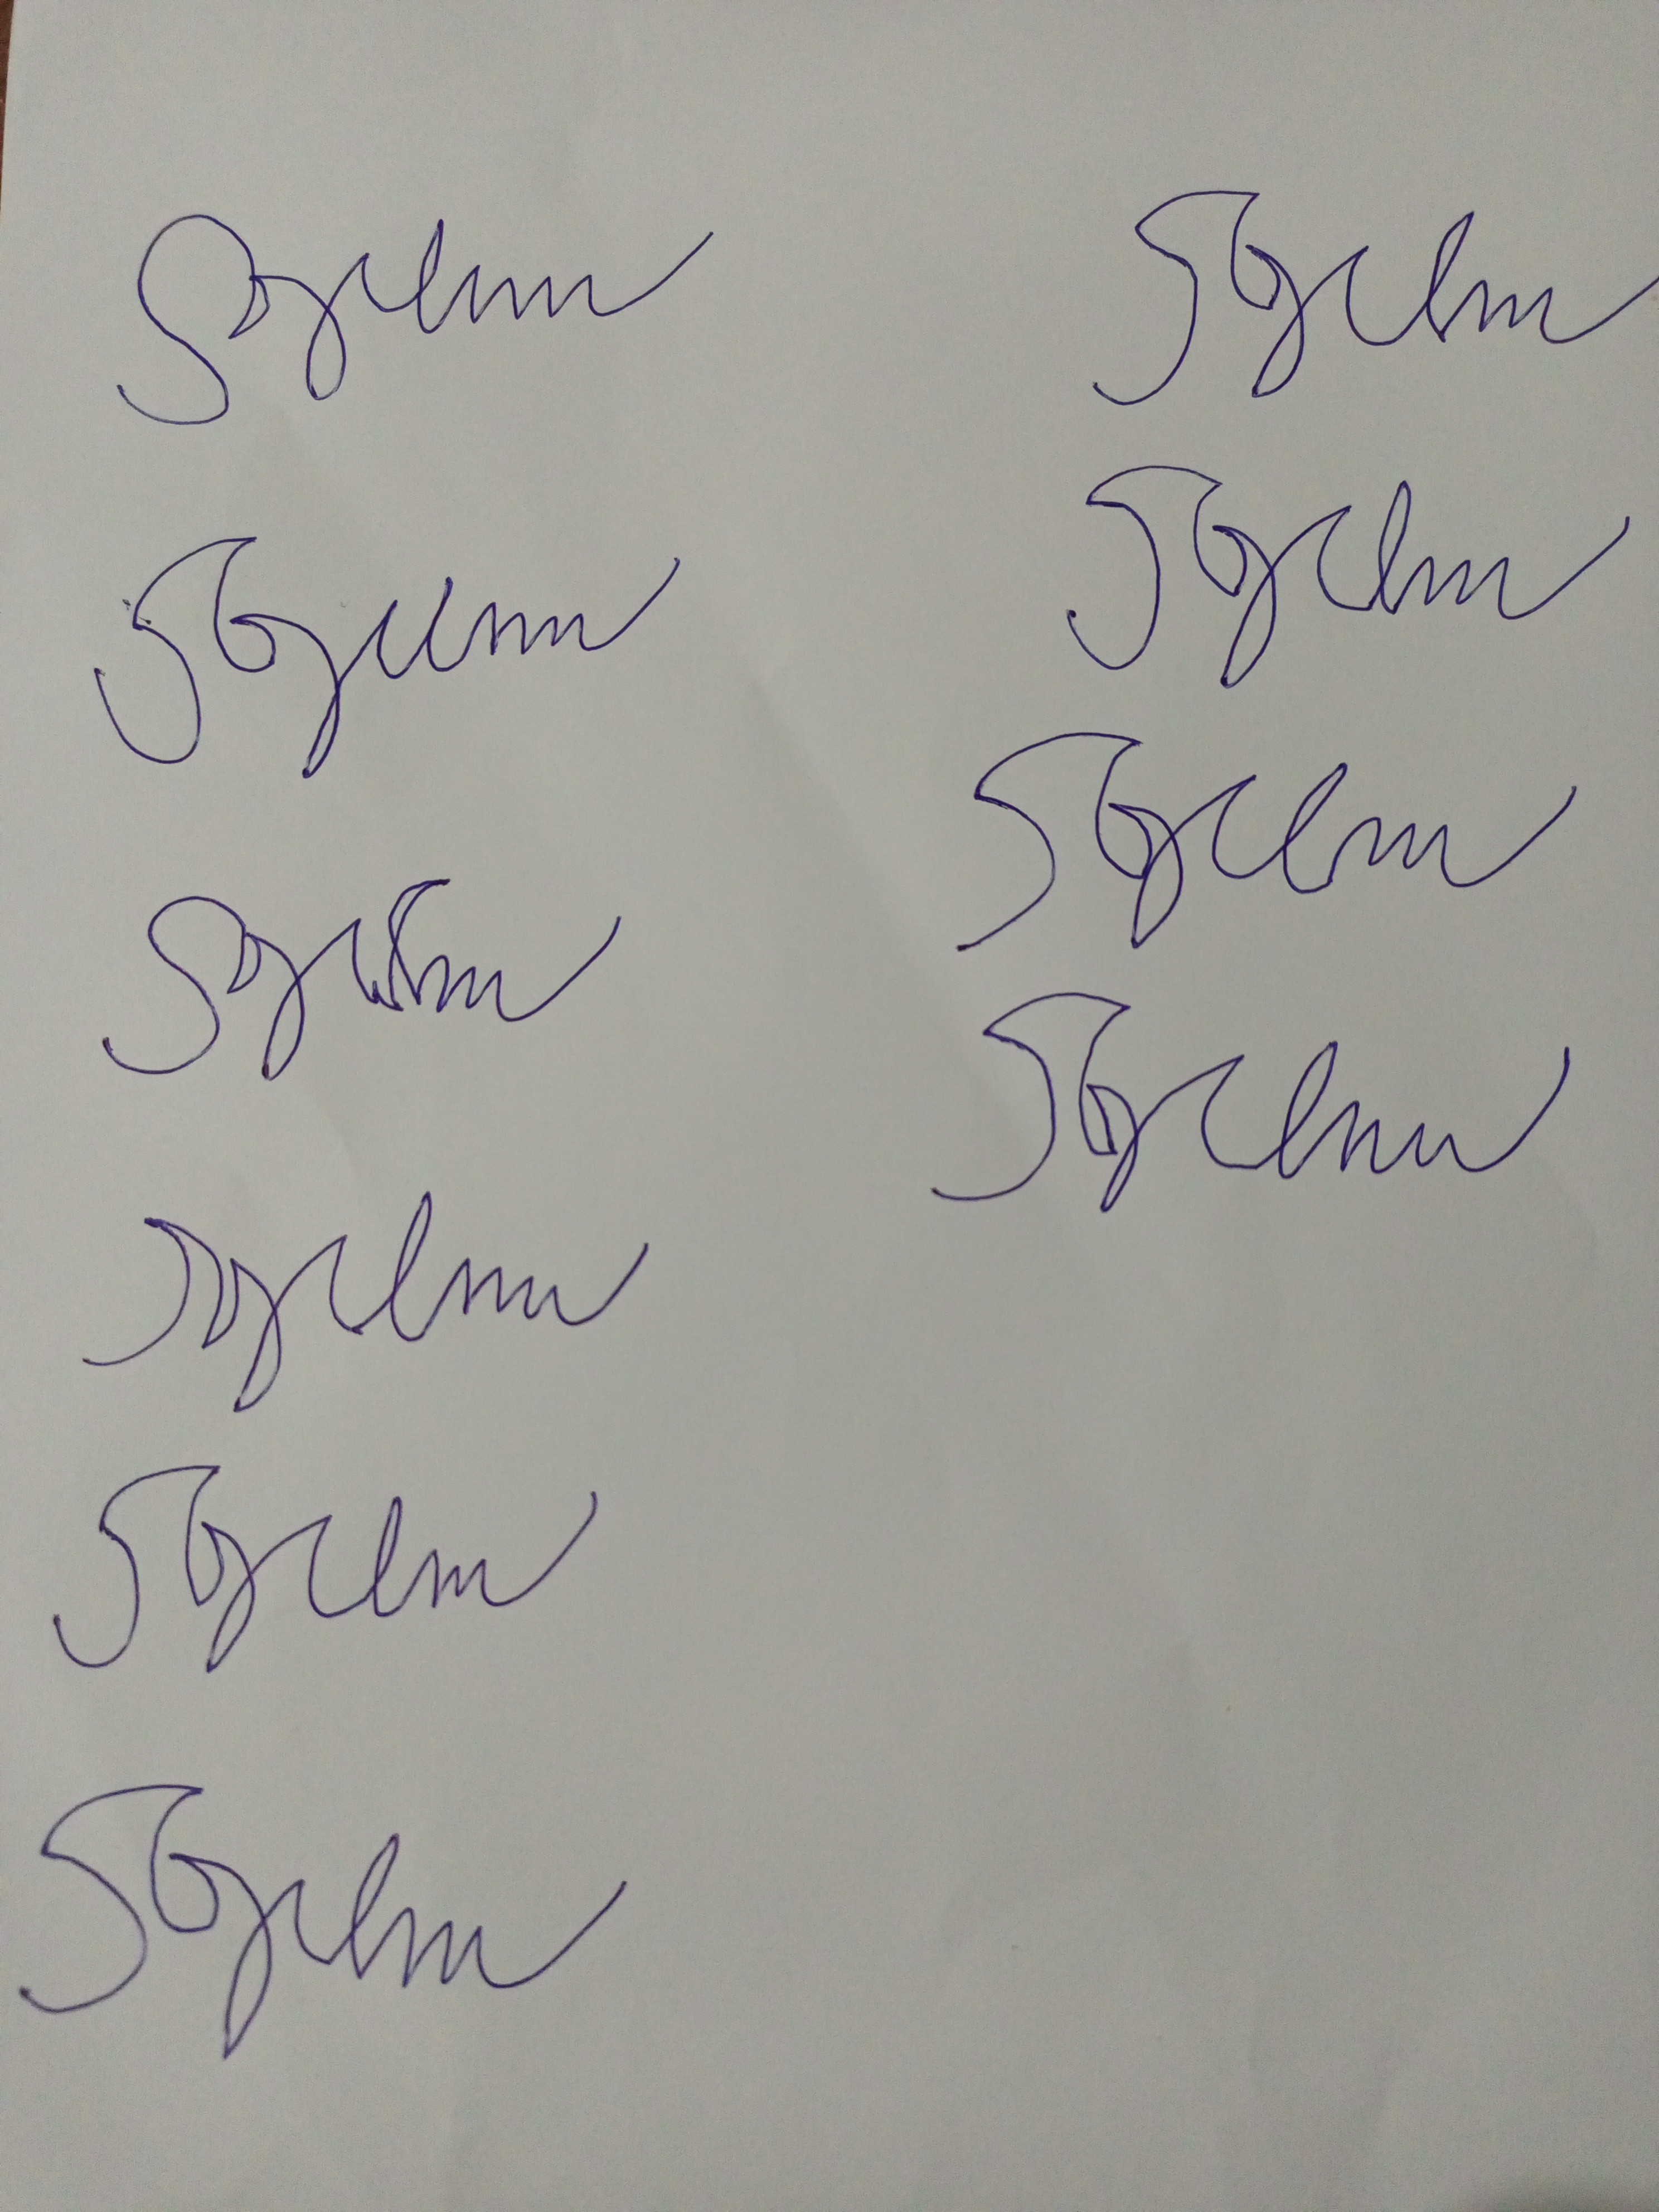
Signature authenticity: forged